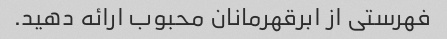
فهرستی از ابرقهرمانان محبوب ارائه دهید.